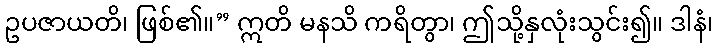
ဥပဇာယတိ၊ ဖြစ်၏။” ဣတိ မနသိ ကရိတွာ၊ ဤသို့နှလုံးသွင်း၍။ ဒါနံ၊